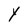
Character: Y